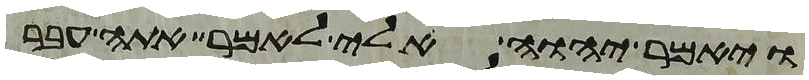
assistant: ויאמר יהוה אלי לאמר אתה עבר